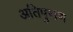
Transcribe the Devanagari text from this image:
अतिपुराण